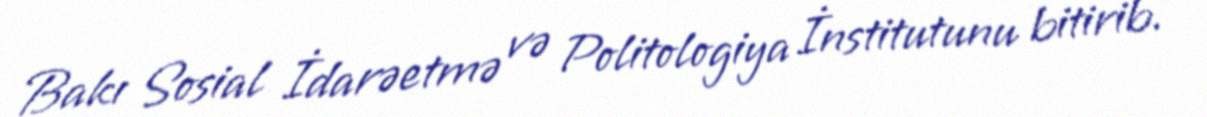
Bakı Sosial İdarəetmə və Politologiya İnstitutunu bitirib.